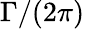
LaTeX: \Gamma/(2\pi)